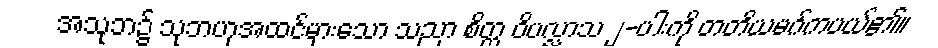
အသုဘ၌ သုဘဟုအထင်မှားသော သညာ စိတ္တ ဝိပလ္လာသ ၂-ပါးကို တတိယမဂ်ကပယ်၏။